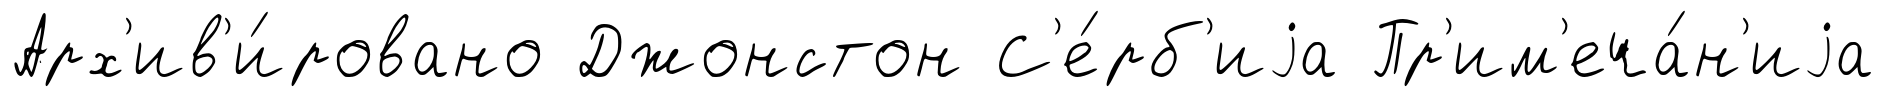
Арх'ив'и́ровано Джонстон С'е́рб'иjа Пр'им'еча́н'иjа